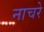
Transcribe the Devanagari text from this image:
नाचरे